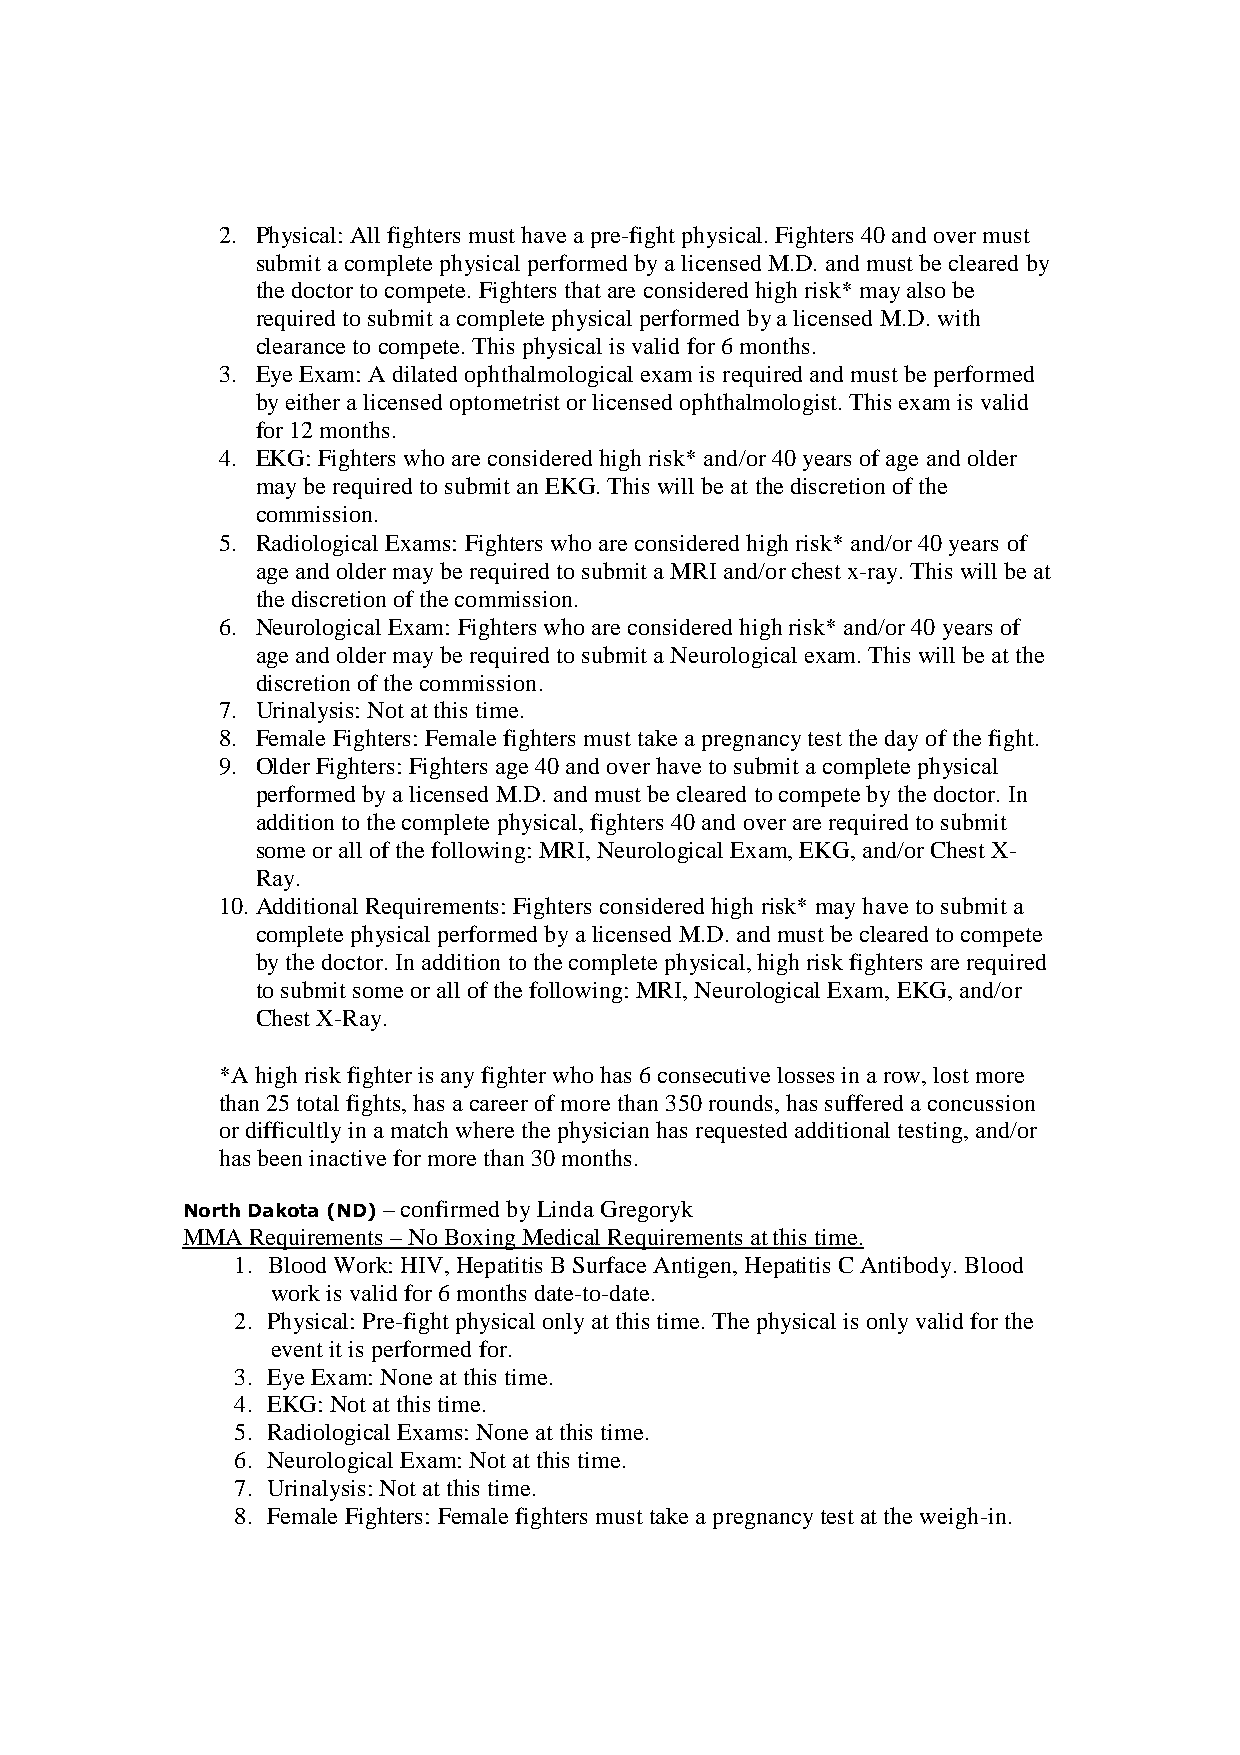
2. Physical: All fighters must have a pre-fight physical. Fighters 40 and over must
 submit a complete physical performed by a licensed M.D. and must be cleared by
 the doctor to compete. Fighters that are considered high risk* may also be
 required to submit a complete physical performed by a licensed M.D. with
 clearance to compete. This physical is valid for 6 months.
 3. Eye Exam: A dilated ophthalmological exam is required and must be performed
 by either a licensed optometrist or licensed ophthalmologist. This exam is valid
 for 12 months.
 4. EKG: Fighters who are considered high risk* and/or 40 years of age and older
 may be required to submit an EKG. This will be at the discretion of the
 commission.
 5. Radiological Exams: Fighters who are considered high risk* and/or 40 years of
 age and older may be required to submit a MRI and/or chest x-ray. This will be at
 the discretion of the commission.
 6. Neurological Exam: Fighters who are considered high risk* and/or 40 years of
 age and older may be required to submit a Neurological exam. This will be at the
 discretion of the commission.
 7. Urinalysis: Not at this time.
 8. Female Fighters: Female fighters must take a pregnancy test the day of the fight.
 9. Older Fighters: Fighters age 40 and over have to submit a complete physical
 performed by a licensed M.D. and must be cleared to compete by the doctor. In
 addition to the complete physical, fighters 40 and over are required to submit
 some or all of the following: MRI, Neurological Exam, EKG, and/or Chest X-
 Ray.
 10. Additional Requirements: Fighters considered high risk* may have to submit a
 complete physical performed by a licensed M.D. and must be cleared to compete
 by the doctor. In addition to the complete physical, high risk fighters are required
 to submit some or all of the following: MRI, Neurological Exam, EKG, and/or
 Chest X-Ray.
 *A high risk fighter is any fighter who has 6 consecutive losses in a row, lost more
 than 25 total fights, has a career of more than 350 rounds, has suffered a concussion
 or difficultly in a match where the physician has requested additional testing, and/or
 has been inactive for more than 30 months.
 North Dakota (ND) –––– confirmed by Linda Gregoryk
 MMA  Requirements – No Boxing Medical Requirements at this time.
 1. Blood Work: HIV, Hepatitis B Surface Antigen, Hepatitis C Antibody. Blood
 work is valid for 6 months date-to-date.
 2. Physical: Pre-fight physical only at this time. The physical is only valid for the
 event it is performed for.
 3. Eye Exam: None at this time.
 4. EKG: Not at this time.
 5. Radiological Exams: None at this time.
 6. Neurological Exam: Not at this time.
 7. Urinalysis: Not at this time.
 8. Female Fighters: Female fighters must take a pregnancy test at the weigh-in.